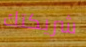
شريكتك